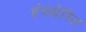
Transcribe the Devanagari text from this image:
हंसप्रेरित